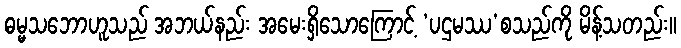
ဓမ္မသဘောဟူသည် အဘယ်နည်း အမေးရှိသောကြောင့် ‘ပဌမဿ’စသည်ကို မိန့်သတည်း။